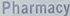
Pharmacy